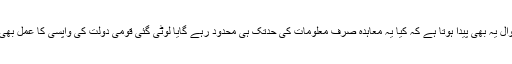
جبکہ یہاں سوال یہ بھی پیدا ہوتا ہے کہ کیا یہ معاہدہ صرف معلومات کی حدتک ہی محدود رہے گایا لوٹی گئی قومی دولت کی واپسی کا عمل بھی شروع ہوگا؟